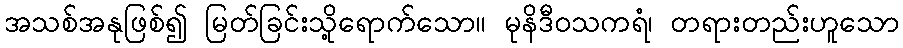
အသစ်အနုဖြစ်၍ မြတ်ခြင်းသို့ရောက်သော။ မုနိဒီဝသကရံ၊ တရားတည်းဟူသော